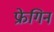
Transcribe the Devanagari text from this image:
फ्रेगिन